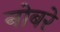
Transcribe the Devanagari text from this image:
नोबरे